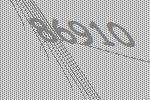
86910